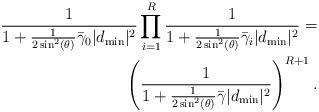
LaTeX: \begin{align*}\frac{1}{ 1+\frac{1}{2\sin^2(\theta)}\bar{\gamma}_0|d_{\mathrm{min}}|^2 }\prod \limits_{i=1}^{R} \frac{1}{ 1+\frac{1}{2\sin^2(\theta)}\bar{\gamma}_i|d_{\mathrm{min}}|^2 }=\\\left(\frac{1}{ 1+\frac{1}{2\sin^2(\theta)}\bar{\gamma}|d_{\mathrm{min}}|^2 }\right)^{R+1}.\end{align*}